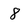
Character: 8